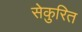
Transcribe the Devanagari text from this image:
सेकुरित